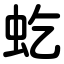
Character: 虼